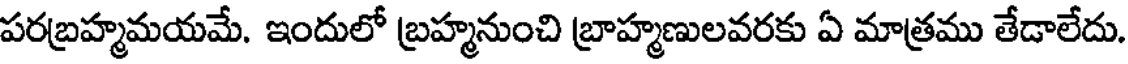
పరబ్రహ్మమయమే. ఇందులో బ్రహ్మనుంచి బ్రాహ్మణులవరకు ఏ మాత్రము తేడాలేదు.